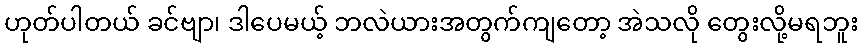
ဟုတ်ပါတယ် ခင်ဗျာ၊ ဒါပေမယ့် ဘလဲယားအတွက်ကျတော့ အဲသလို တွေးလို့မရဘူး